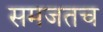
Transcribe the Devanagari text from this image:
समजतच